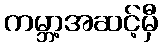
ကမ္ဘာ့အဆင့်မှီ